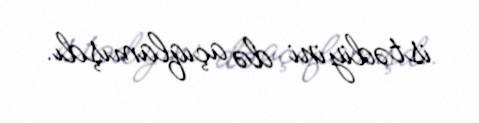
istədiyini də açıqlamışdı.